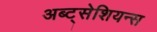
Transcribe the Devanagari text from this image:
अब्ट्सेशियन्स